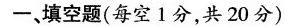
一、填空题(每空1分，共20分)